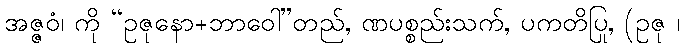
အဇ္ဇဝံ၊ ကို “ဥဇုနော+ဘာဝေါ”တည်, ဏပစ္စည်းသက်, ပကတိပြု, (ဥဇု ၊